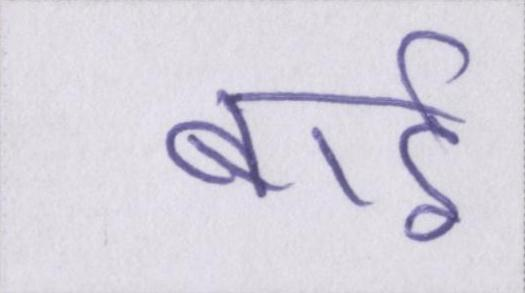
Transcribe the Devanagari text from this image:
बाईं